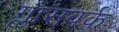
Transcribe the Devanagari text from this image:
ग्लासवर्क